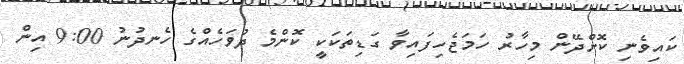
ކައިވެނި ކޮށްދޭން މިހާރު ހަމަޖެހިފައިވާ ގަޑިތަކަކީ ކޮންމެ ދުވަހެއްގެ ހެނދުނު 9:00 އިން